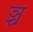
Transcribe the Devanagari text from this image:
ञ्च